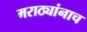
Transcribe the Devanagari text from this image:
मराठ्यांनाच